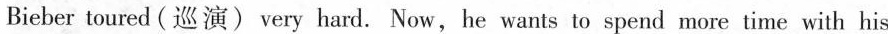
Bieber toured( 巡演) very hard. Now， he wants to spend more time with his